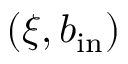
( \xi , b _ { \mathrm { i n } } )